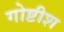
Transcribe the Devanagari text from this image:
गोष्टीश